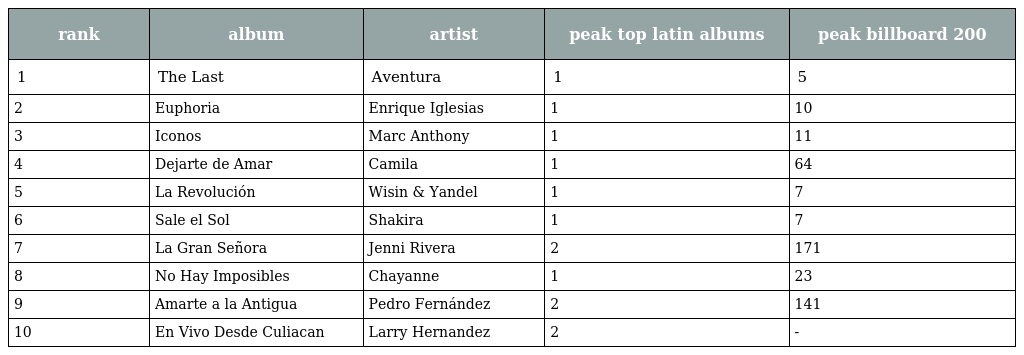
| rank | album | artist | peak top latin albums | peak billboard 200 |
 | --- | --- | --- | --- | --- |
 | 1 | The Last | Aventura | 1 | 5 |
 | 2 | Euphoria | Enrique Iglesias | 1 | 10 |
 | 3 | Iconos | Marc Anthony | 1 | 11 |
 | 4 | Dejarte de Amar | Camila | 1 | 64 |
 | 5 | La Revolución | Wisin & Yandel | 1 | 7 |
 | 6 | Sale el Sol | Shakira | 1 | 7 |
 | 7 | La Gran Señora | Jenni Rivera | 2 | 171 |
 | 8 | No Hay Imposibles | Chayanne | 1 | 23 |
 | 9 | Amarte a la Antigua | Pedro Fernández | 2 | 141 |
 | 10 | En Vivo Desde Culiacan | Larry Hernandez | 2 | - |